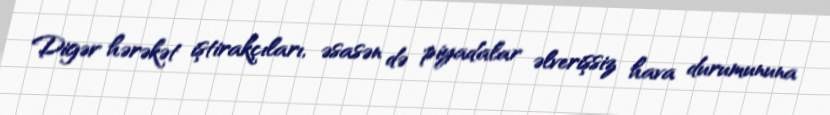
Digər hərəkət iştirakçıları, əsasən də piyadalar əlverişsiz hava durumununa